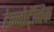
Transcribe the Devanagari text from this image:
हेन्नोटॅनिक